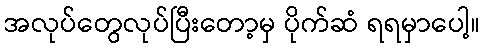
အလုပ်တွေလုပ်ပြီးတော့မှ ပိုက်ဆံ ရရမှာပေါ့။